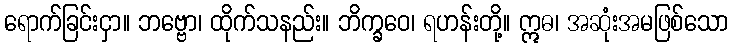
ရောက်ခြင်းငှာ။ ဘဗ္ဗော၊ ထိုက်သနည်း။ ဘိက္ခဝေ၊ ရဟန်းတို့။ ဣဓ၊ အဆုံးအမဖြစ်သော